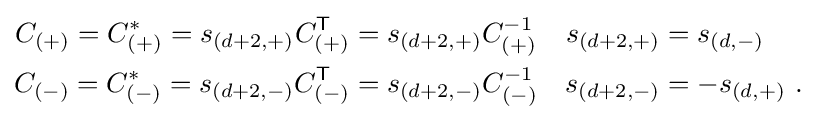
{\begin{aligned}C_{(+)}=C_{(+)}^{*}=s_{(d+2,+)}C_{(+)}^{\textsf {T}}&=s_{(d+2,+)}C_{(+)}^{-1}&s_{(d+2,+)}&=s_{(d,-)}\\C_{(-)}=C_{(-)}^{*}=s_{(d+2,-)}C_{(-)}^{\textsf {T}}&=s_{(d+2,-)}C_{(-)}^{-1}&s_{(d+2,-)}&=-s_{(d,+)}~.\end{aligned}}